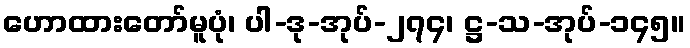
ဟောထားတော်မူပုံ၊ ပါ-ဒု-အုပ်-၂၇၄၊ ဋ္ဌ-သ-အုပ်-၁၄၅။